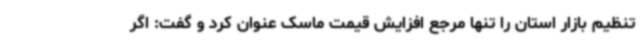
تنظیم بازار استان را تنها مرجع افزایش قیمت ماسک عنوان کرد و گفت: اگر